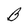
Character: B